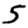
Digit: 5